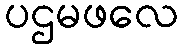
ပဌမဖလေ